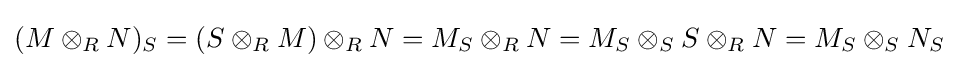
(M\otimes _{R}N)_{S}=(S\otimes _{R}M)\otimes _{R}N=M_{S}\otimes _{R}N=M_{S}\otimes _{S}S\otimes _{R}N=M_{S}\otimes _{S}N_{S}